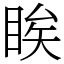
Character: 䀵